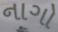
નાગો